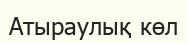
Атыраулық көл